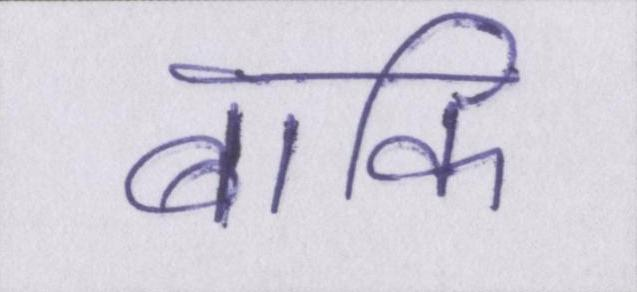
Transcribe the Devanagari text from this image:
बाकि